[Report on the health of British troops in the Madras command]
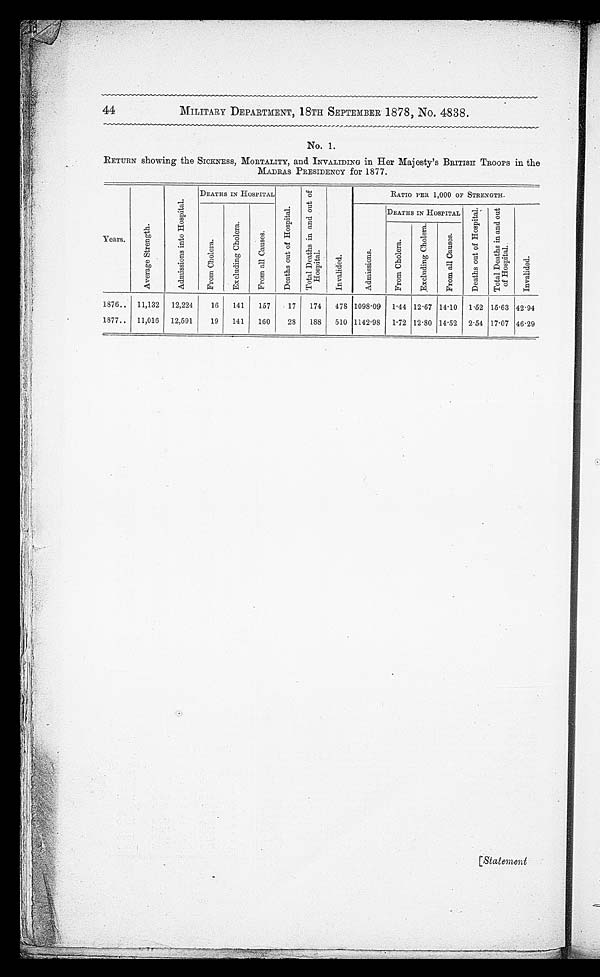
44
MILITARY DEPARTMENT, 18TH SEPTEMBER 1878, No. 4838.
No. 1.
RETURN showing the SICKNESS, MORTALITY, and INVALIDING in Her Majesty's BRITISH TROOPS in the
MADRAS PRESIDENCY for 1877.
Years .
A v e r a g e S t r e n g t h .
A d m i s s i o n s i n t o H o p i t a l . DEATHS IN HOSPITAL
D e a t h s o u r o f H o s p i t a l .
T o t a l D e a t h s i n a n d o u t o f H o s p i t a l .
I n v a l i d e d .
RATIO PER 1,000 OF STRENGTH.
T o t a l D e a t h s i n a n d o u t o f H o s p i t a l .
I n v a l i d .
A d m i s s i o n s .
DEATHS IN HOSPITAL D e a t h s o u r o f H o s p i t a l .
F r o m C h o l e r a .
E x c l u d i n g C h o l e r a .
F r o m a l l C a u s e s .
F r o m C h o l e r a .
E x c l u d i n g C h o l e r a .
F r o m a l l C a u s e s .
1876.. 11,132 12,224
16 141
157
17 174 478 1098.09 1.44 12.67 14.10 1.52 15.63 42.94
1877.. 11,016 12,591
19 141 160
28 188 510 1142.98 1.72 12.80 14.52 2.54 17.07 46.29
[Statement